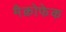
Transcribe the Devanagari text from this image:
मैक्रोफेक